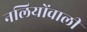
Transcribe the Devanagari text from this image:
नलियोंवाली